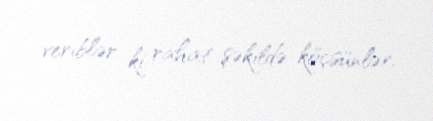
veriblər ki, rahat şəkildə köçsünlər.